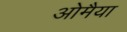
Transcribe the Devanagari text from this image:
ओमैया